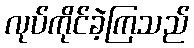
လုပ်ကိုင်ခဲ့ကြသည်